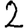
Digit: 2